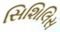
સિશિલિસ